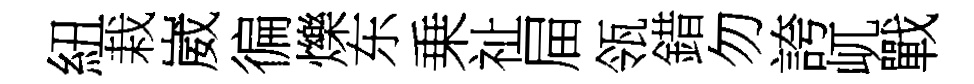
紐栽崴徧爍东乗祉屇瓴錯勿誇屼戰